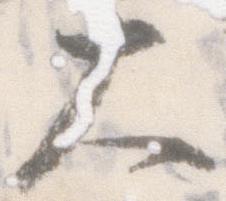
大